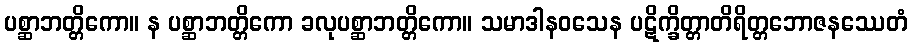
ပစ္ဆာဘတ္တိကော။ န ပစ္ဆာဘတ္တိကော ခလုပစ္ဆာဘတ္တိကော။ သမာဒါနဝသေန ပဋိက္ခိတ္တာတိရိတ္တဘောဇနဿေတံ